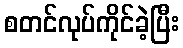
စတင်လုပ်ကိုင်ခဲ့ပြီး